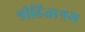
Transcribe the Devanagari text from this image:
श्रीहिताश्रम